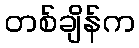
တစ်ချိန်က